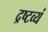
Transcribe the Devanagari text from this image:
द्रष्टव्यं